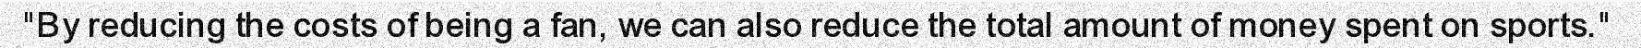
"By reducing the costs of being a fan, we can also reduce the total amount of money spent on sports."